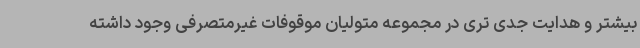
بیشتر و هدایت جدی تری در مجموعه متولیان موقوفات غیرمتصرفی وجود داشته